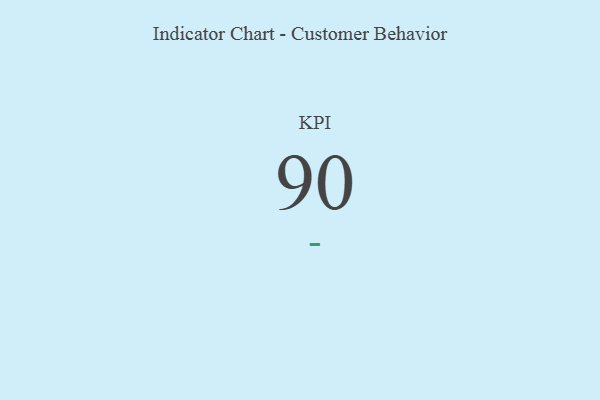
{"axis": {"x": "KPI", "y": "Value"}, "legend": [""], "data": [{"x": "KPI", "y": 90, "type": ""}]}